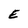
Character: E